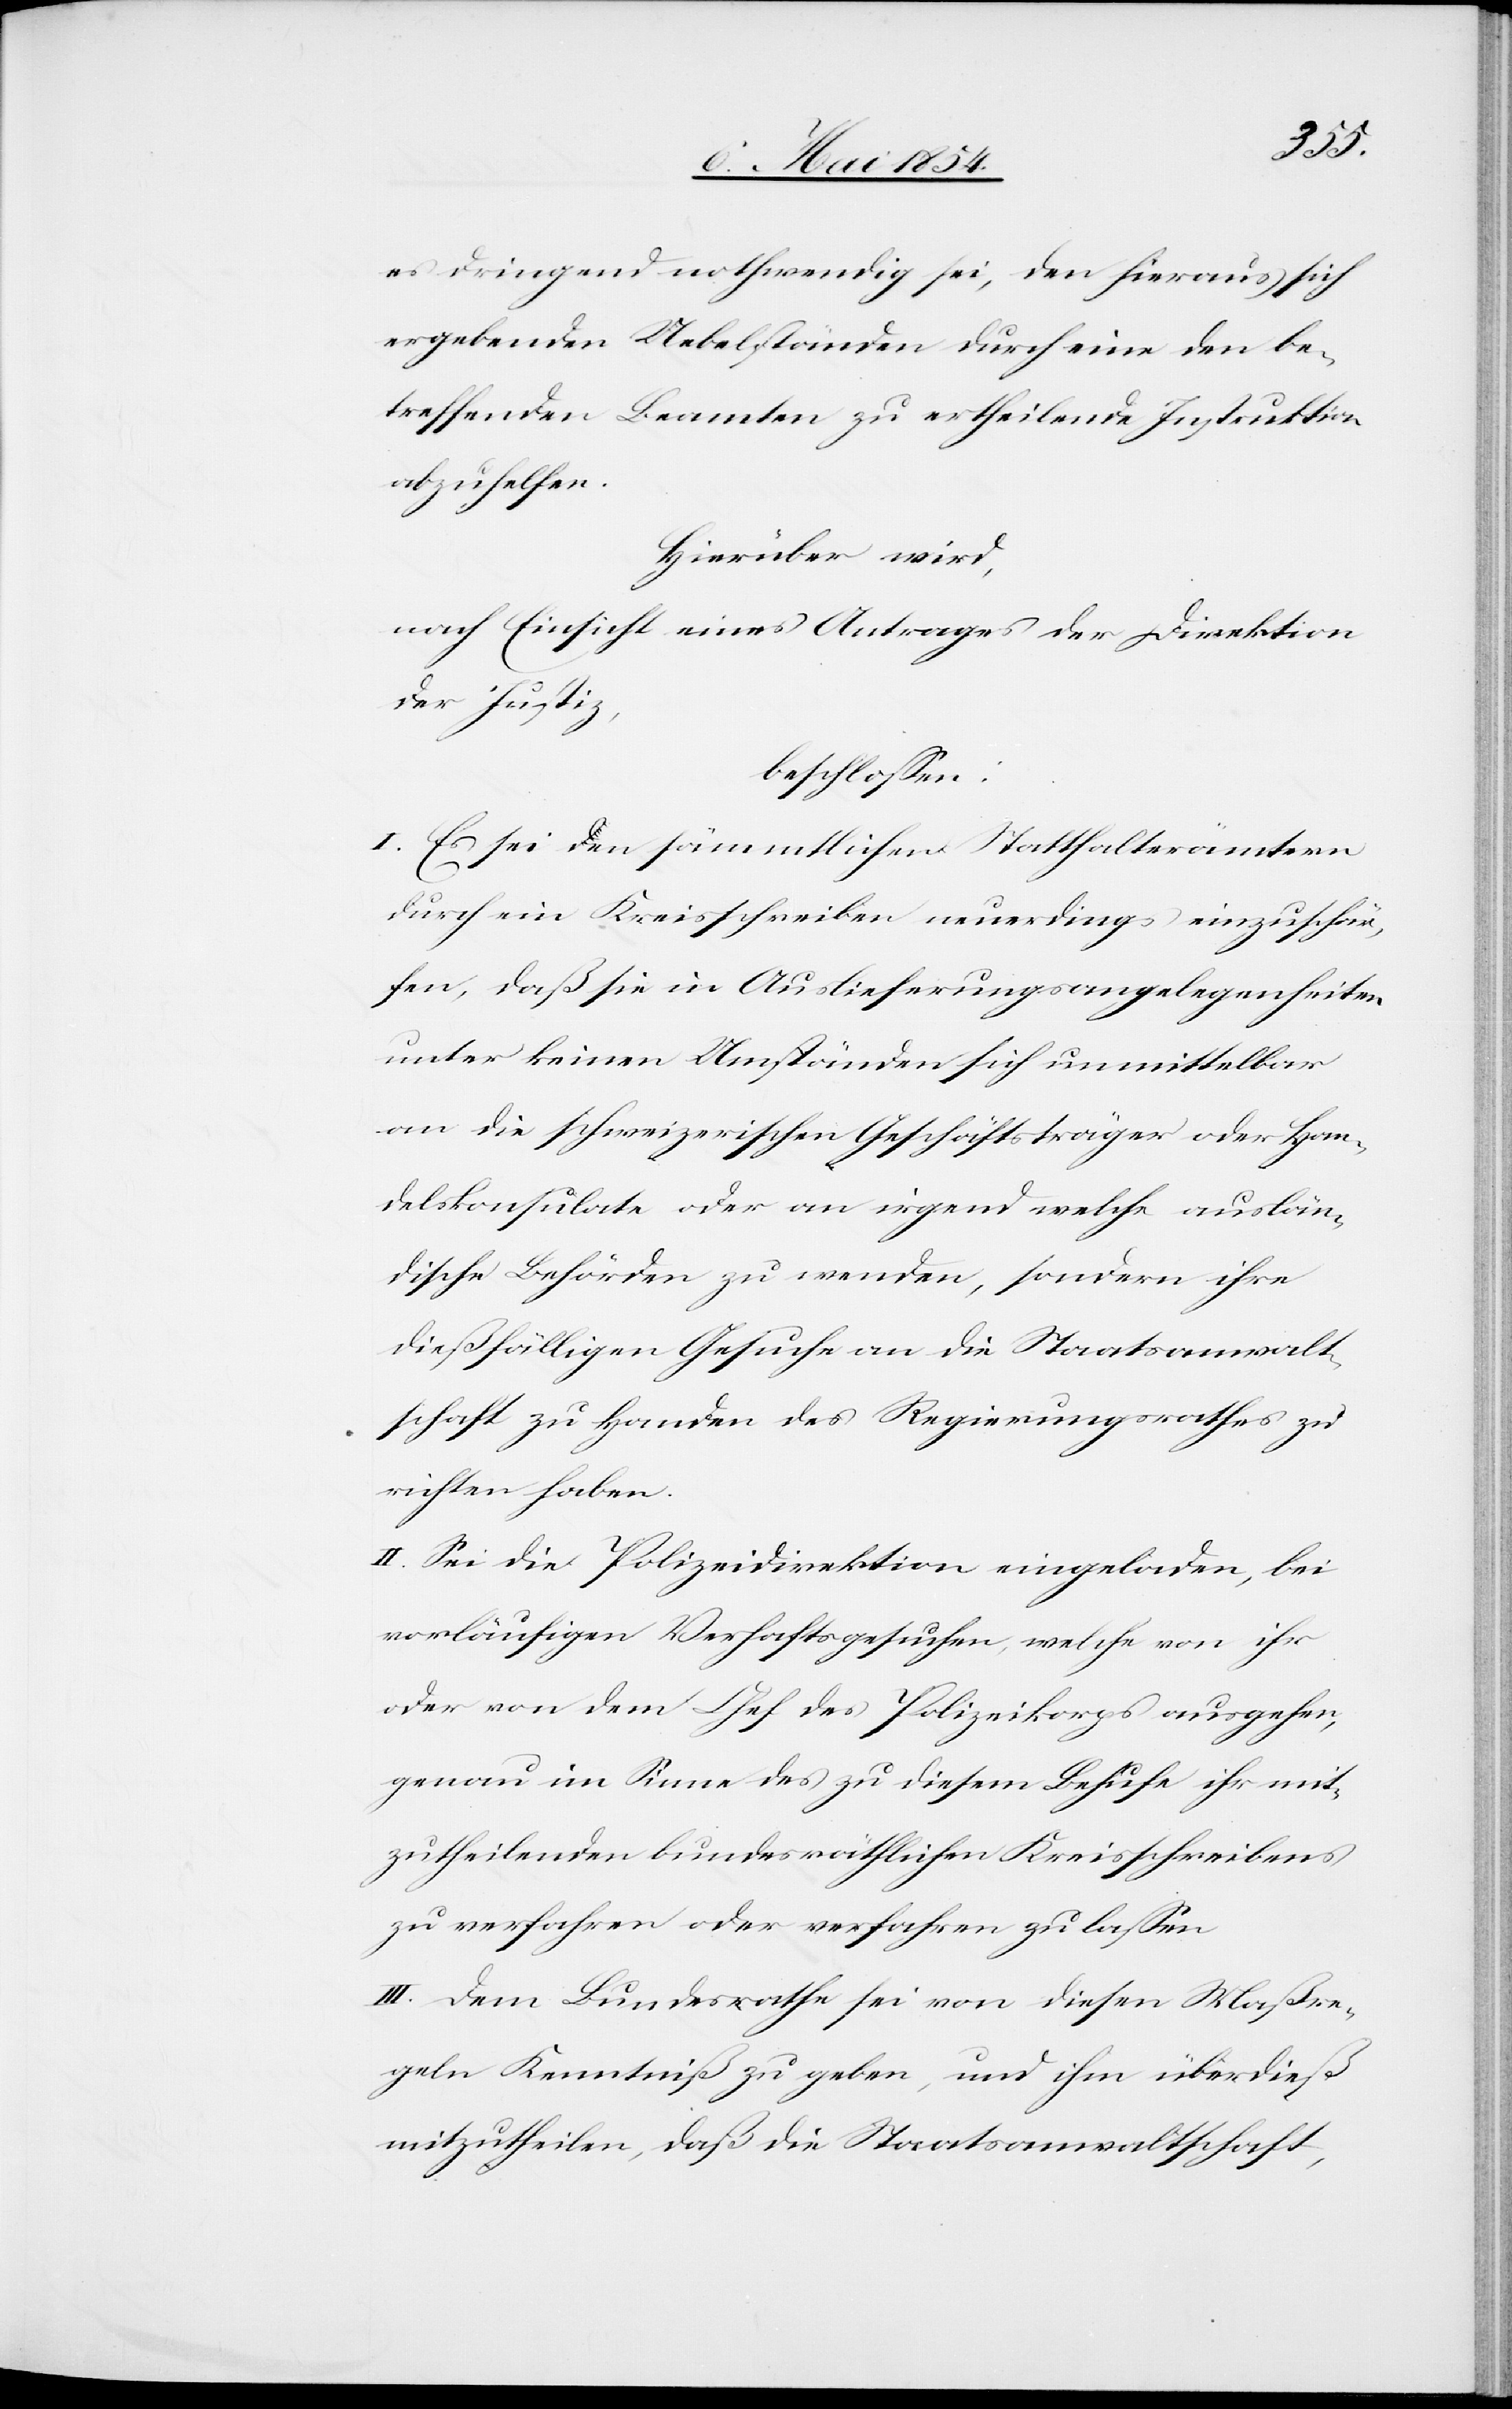
es dringend nothwendig sei, den hieraus sich
ergebenden Uebelständen durch eine den be¬
treffenden Beamten zu ertheilende Instruktion
abzuhelfen.
Hierüber wird,
nach Einsicht eines Antrages der Direktion
der Justiz,
beschloßen:
I. Es sei den sämmtlichen Statthalterämtern
durch ein Kreisschreiben neuerdings einzuschär¬
fen, daß sie in Auslieferungsangelegenheiten
unter keinen Umständen sich unmittelbar
an die schweizerischen Geschäftsträger oder Han¬
delskonsulate oder an irgend welche auslän¬
dische Behörden zu wenden, sondern ihre
dießfälligen Gesuche an die Staatsanwalt¬
schaft zu Handen des Regierungsrathes zu
richten haben.
II. Sei die Polizeidirektion eingeladen, bei
vorläufigen Verhaftsgesuchen, welche von ihr
oder von dem Chef des Polizeikorps ausgehen,
genau im Sinne des zu diesem Behufe ihr mit¬
zutheilenden bundesräthlichen Kreisschreibens
zu verfahren oder verfahren zu laßen.
III. Dem Bundesrathe sei von diesen Maßre¬
geln Kenntniß zu geben, und ihm überdieß
mitzutheilen, daß die Staatsanwaltschaft,